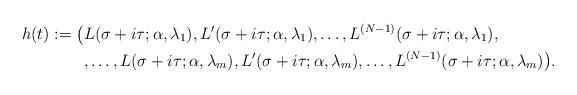
LaTeX: \begin{align*}h(t) := \bigl( & L(\sigma+i\tau;\alpha,\lambda_1), L'(\sigma+i\tau;\alpha,\lambda_1), \ldots, L^{(N-1)}(\sigma+i\tau;\alpha,\lambda_1), \\ & ,\ldots, L(\sigma+i\tau;\alpha,\lambda_m), L'(\sigma+i\tau;\alpha,\lambda_m), \ldots, L^{(N-1)}(\sigma+i\tau;\alpha,\lambda_m) \bigr) .\end{align*}